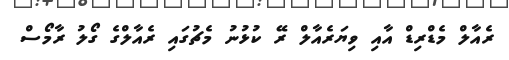
ރެއާލް މެޑްރިޑް އާއި ވިޔަރެއާލް ރޭ ކުޅުނު މެޗުގައި ރެއާލްގެ ގޯލު ރާމޯސް